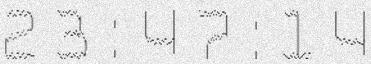
23:47:14